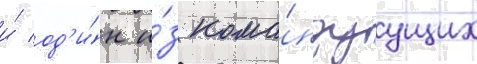
и́ од'и́н и́з кома́ндуущих